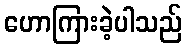
ဟောကြားခဲ့ပါသည်